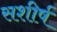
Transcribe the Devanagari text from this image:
सशीर्ष